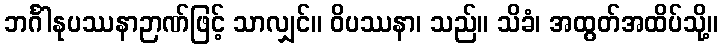
ဘင်္ဂါနုပဿနာဉာဏ်ဖြင့် သာလျှင်။ ဝိပဿနာ၊ သည်။ သိခံ၊ အထွတ်အထိပ်သို့။